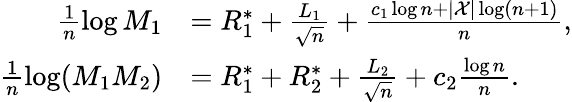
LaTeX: \begin{array}{rl}{\frac{1}{n}\log M_{1}}&{=R_{1}^{*}+\frac{L_{1}}{\sqrt{n}}+\frac{c_{1}\log n+|\mathcal{X}|\log(n+1)}{n},}\\ {\frac{1}{n}\log(M_{1}M_{2})}&{=R_{1}^{*}+R_{2}^{*}+\frac{L_{2}}{\sqrt{n}}+c_{2}\frac{\log n}{n}.}\end{array}